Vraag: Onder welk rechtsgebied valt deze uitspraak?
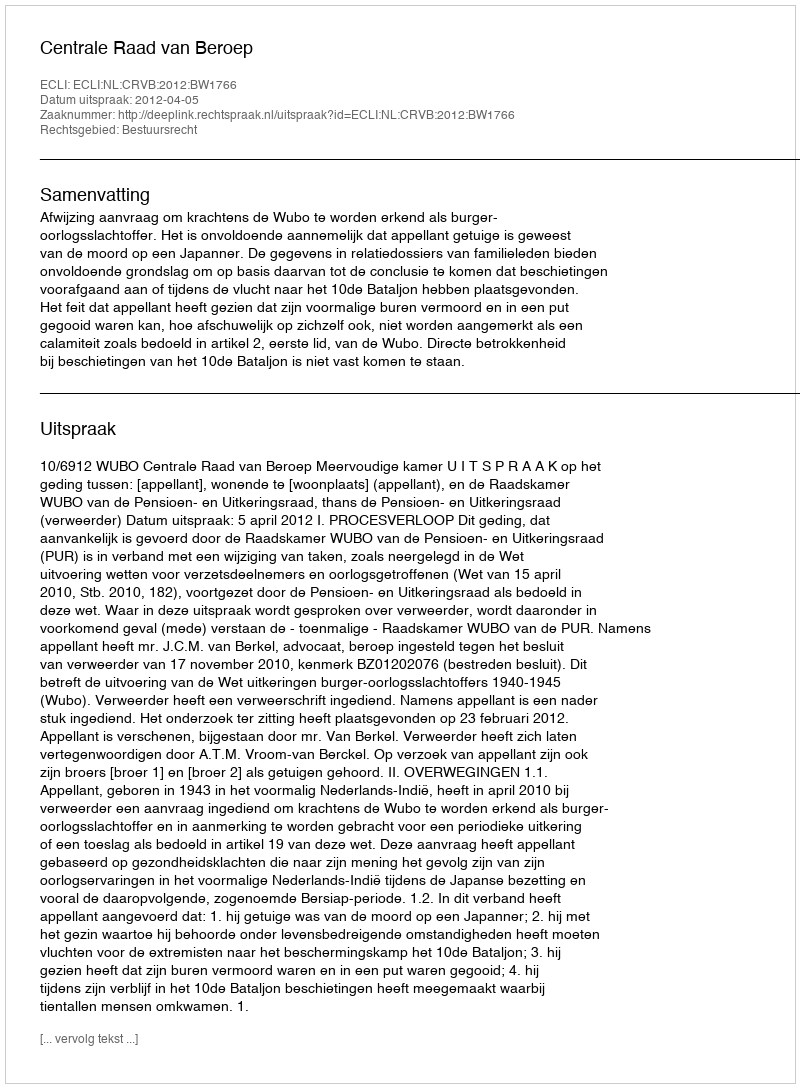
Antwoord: Bestuursrecht